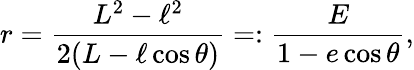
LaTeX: r=\frac{L^{2}-\ell^{2}}{2(L-\ell\cos\theta)}=:\frac{E}{1-e\cos\theta},